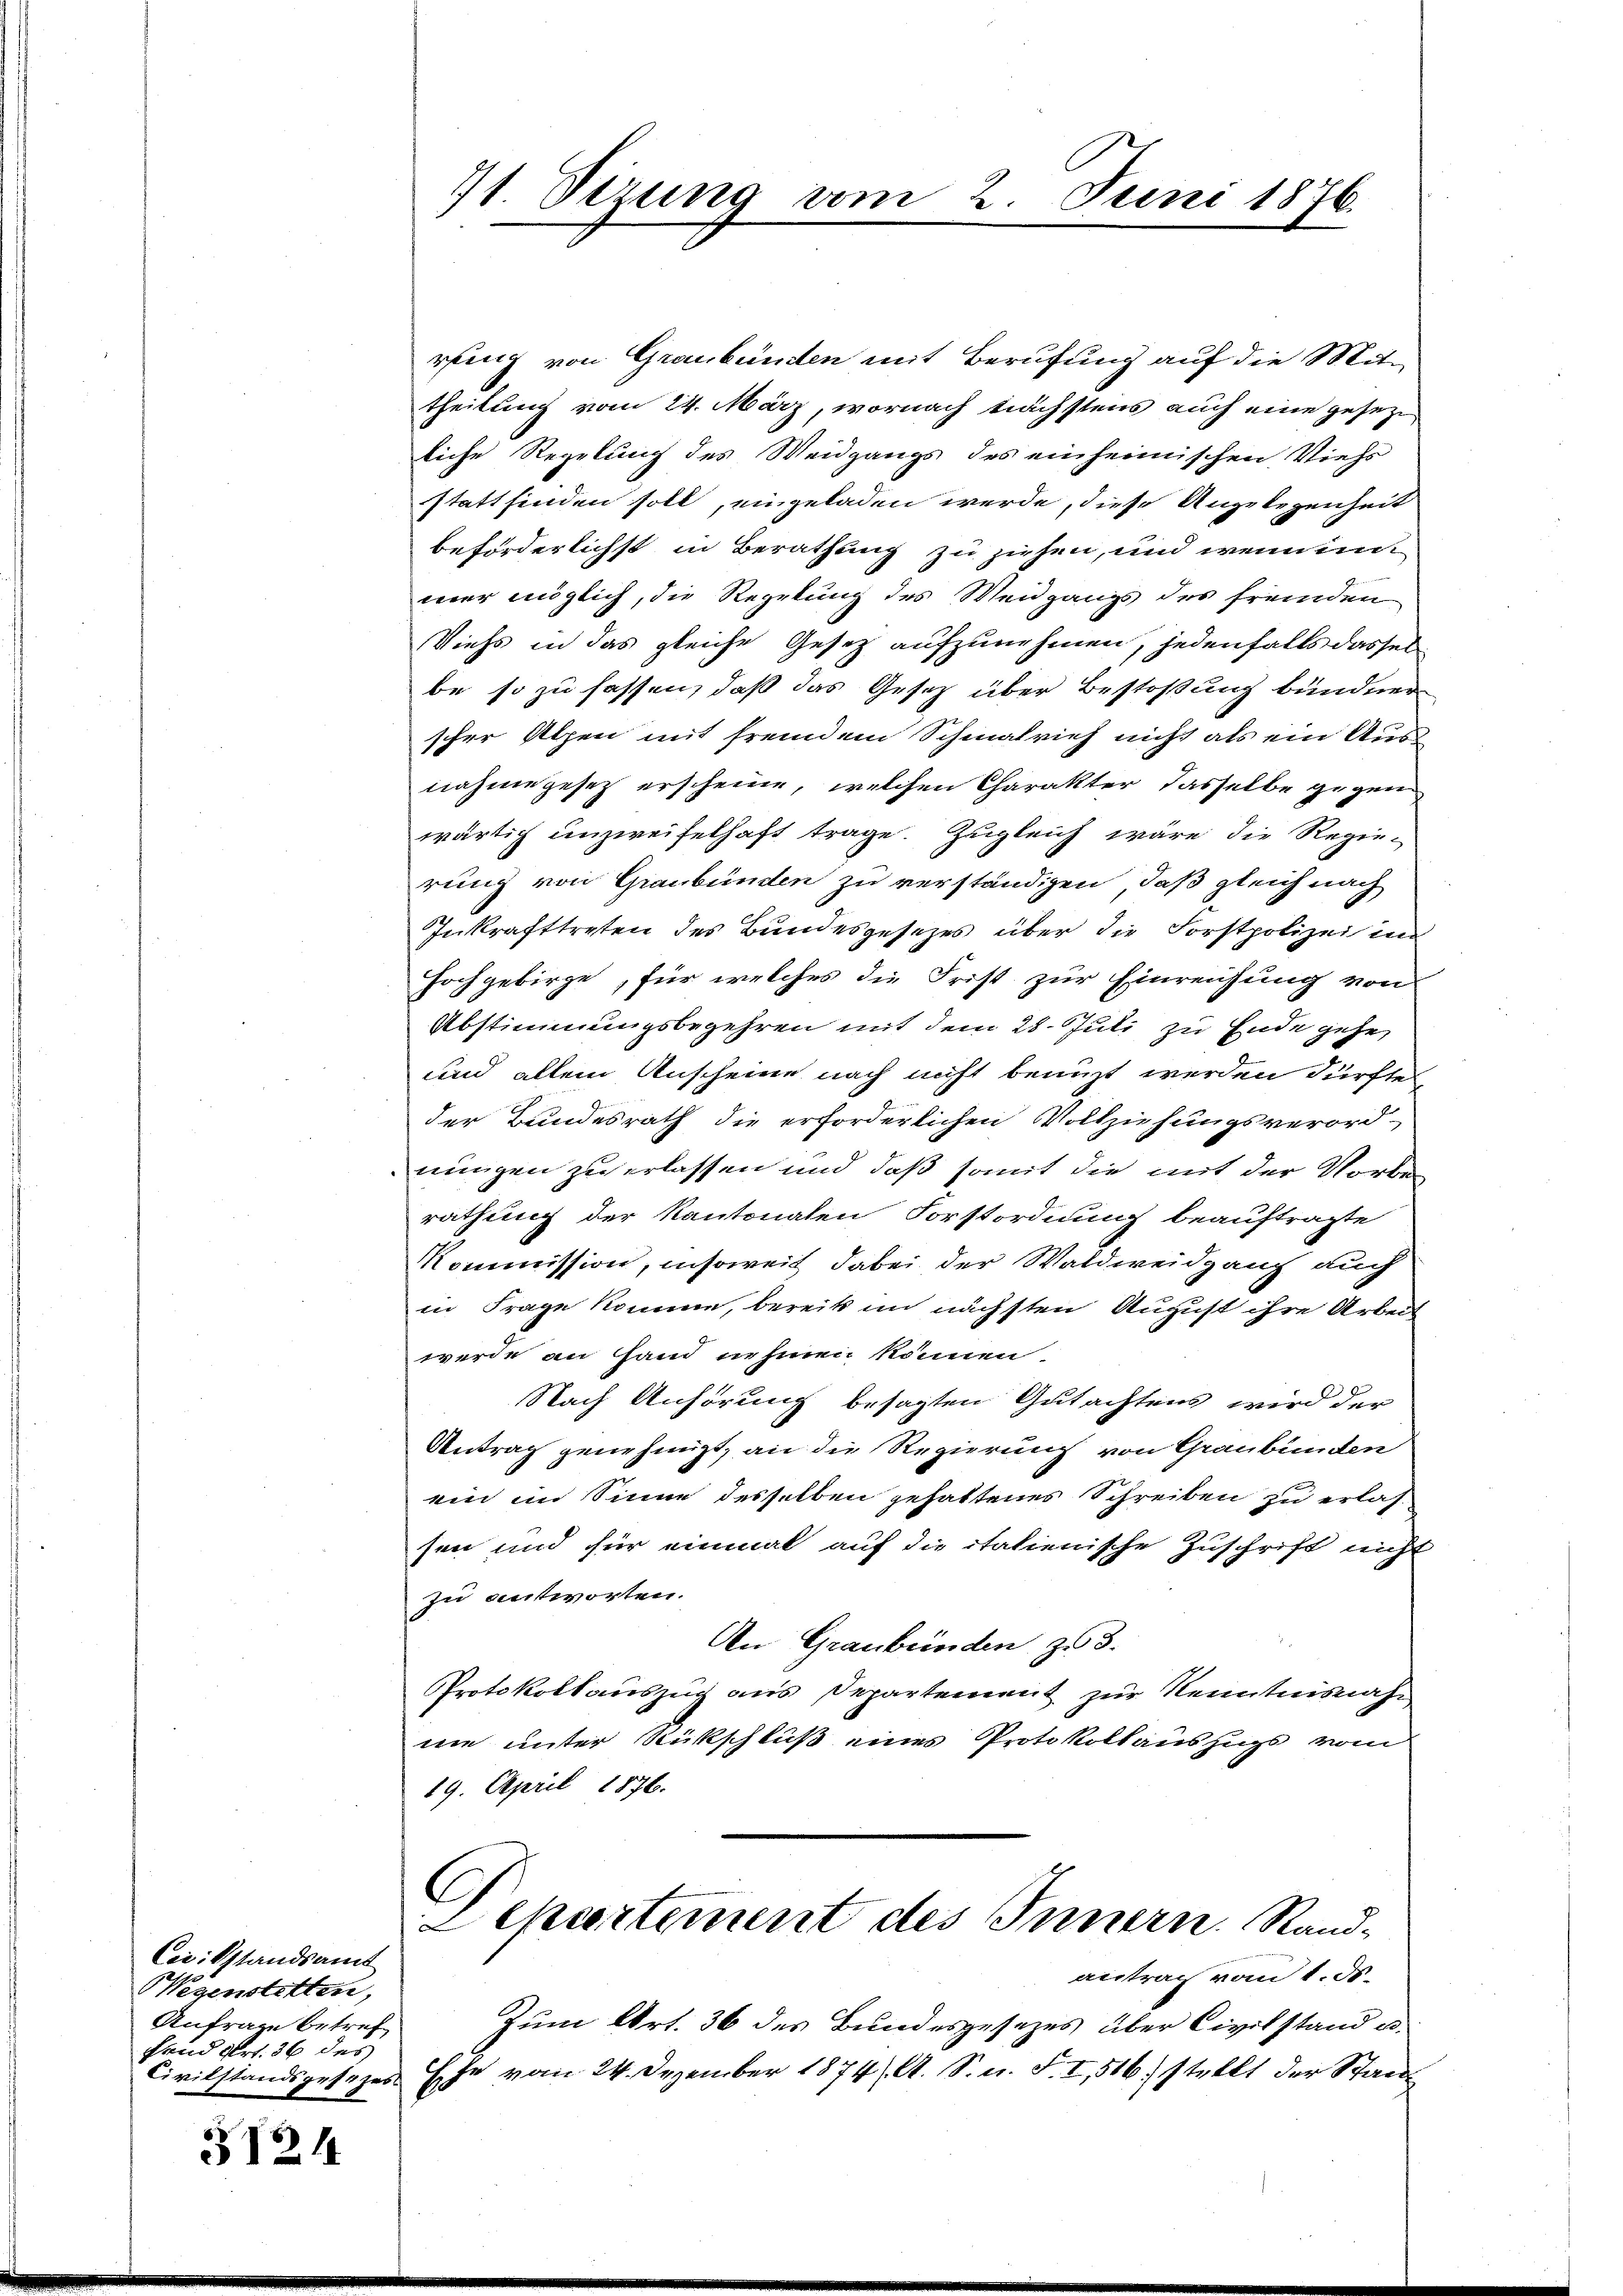
Civilstandsamt
Wegenstetten,
Anfrage betref
frid Art. 36 des

3124

71. Dezung vom 2. Juni 1876.

rfing von Graubünden mit Berufung auf die Mittheilung vom 24. März, wornach nächstens auch eine geseze
liche Regelung des Weidgangs des einheimischen Viehs
stattfinden soll, eingeladen werde, diese Angelegenheit
beförderlichst in Berathung zu ziehen, und wenn in
mer möglich, die Regelung des Meidgangs des fremden
Viehs in das gleiche Gesetz aufzunehmen, jedenfalls dasselbe so zu fassen, daß das Gesetz über Bestoßung bündner
scher Alpen mit fremdem Schmalrich nicht als ein Ausnahme gesetz erscheine, welchen Charakter dasselbe gegen
wärtig unzweifelhaft trage. Zugleich wäre die Regierung von Graubünden zu verständigen, daß gleich nach
Inkrafttreten des Bundesgesezes über die Forstpolizei im
Hochgebirge, für welches die Frist zur Einreichung von
Abstimmungsbegehren mit dem 28. Juli zu Ende gehe
und allein Anscheine nach nicht benuzt werden dürften,
der Bundesrath die erforderlichen Vollziehungsverord-
nungen zu erlassen und daß somit die mit der Norberathung der Kantonalen Forstordnung beauftragte
Kommission, insoweit dabei der Waldweidgang auch
in Frage komme, bereits im nächsten August ihre Arbeit
werde an Hand nehmen können.
Nach Anhörung besagten Gutachtens wird der
Antrag genehmigt, an die Regierung von Graubünden
ein im Sinne desselben gehattenes Schreiben zu erlassen und für einmal auf die italienische Zuschrift nicht
zu antworten.
An Graubünden zu 3.
Protokollauszug aus Departement zur Kenntnisnah
nie unter Rückschluß eines Protokollauszugs vom
19. April 1876.
C
2 epertement des Innern. Rand-
antrag vom 1. ds.
Zum Art. 36 des Bundesgesezes über Civilstand er¬
Civilstandsgesetzes Ehe vom 24. Dezember 1874/A. S. n. F. I, 516. stellt der Stand